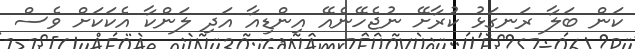
ކަން ބަލާ ރަނގަޅު ކުރާށޭ ނުޖެހޭނެއޭ އިންޑިއާ އަދި ލަންކާ އެކަކަށް ވެސް